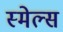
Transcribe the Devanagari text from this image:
स्‍मेल्‍स